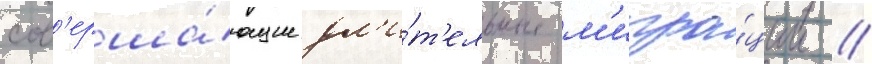
сов'ерша́ющие дл'и́т'ельные м'игра́ции //